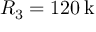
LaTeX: R _ { 3 } = 1 2 0 \, \mathrm { k \Omega }